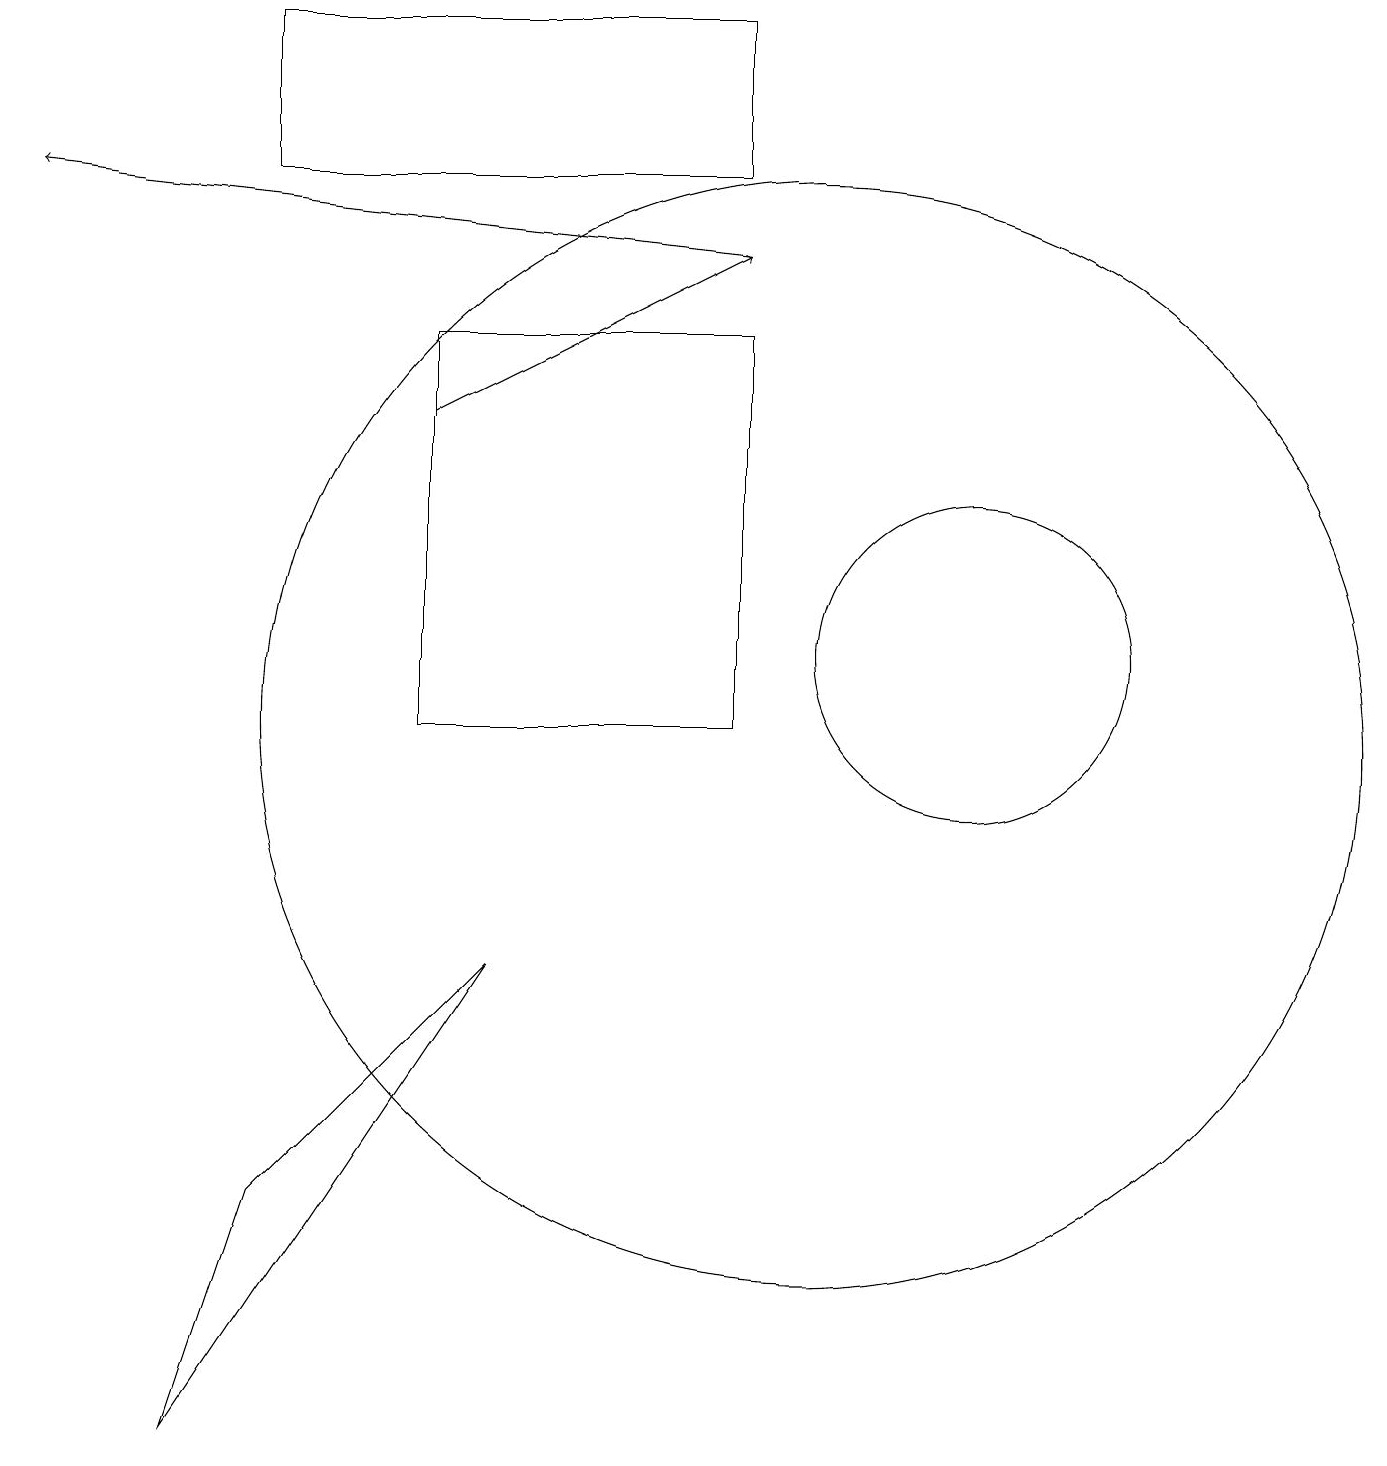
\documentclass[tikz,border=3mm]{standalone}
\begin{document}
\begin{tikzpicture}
\draw (2,1) -- (3,4) -- (6,7) -- cycle;
\draw[->] (9,16) -- (0,17);
\draw (10,10) circle (7);
\draw (12,11) circle (2);
\draw (5,15) rectangle (9,10);
\draw[->] (5,14) -- (9,16);
\draw (9,17) rectangle (3,19);
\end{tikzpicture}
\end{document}